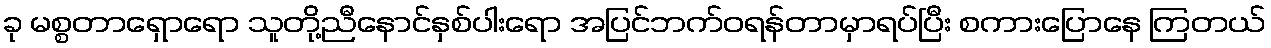
ခု မစ္စတာရှောရော သူတို့ညီနောင်နှစ်ပါးရော အပြင်ဘက်ဝရန်တာမှာရပ်ပြီး စကားပြောနေ ကြတယ်